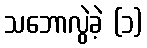
သဘောလွဲခဲ့ (၁)